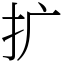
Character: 扩